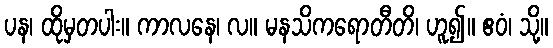
ပန၊ ထိုမှတပါး။ ကာလနေ၊ လ။ မနသိကရောတီတိ၊ ဟူ၍။ ဧဝံ၊ သို့။